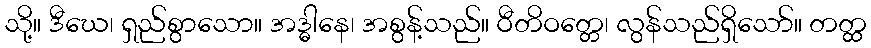
သို့။ ဒီဃေ၊ ရှည်စွာသော။ အဒ္ဓါနေ၊ အစွန့်သည်။ ဝီတိဝတ္တေ၊ လွန်သည်ရှိသော်။ တတ္ထ